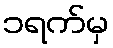
၁ရက်မှ